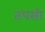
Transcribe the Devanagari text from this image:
तपसी